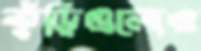
কুঁড়িগুলোও